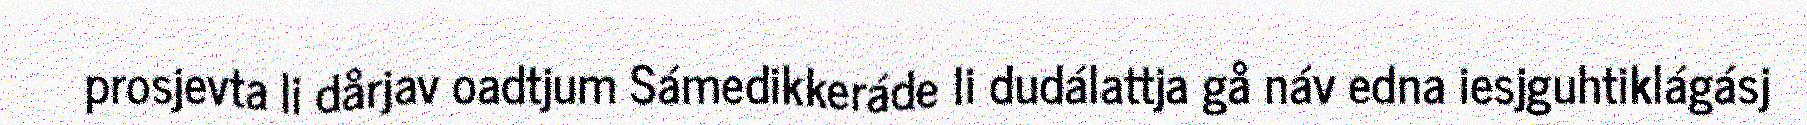
prosjevta li dårjav oadtjum Sámedikkeráde li dudálattja gå náv edna iesjguhtiklágásj